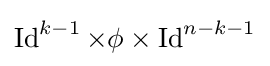
\operatorname {Id} ^{k-1}\times \phi \times \operatorname {Id} ^{n-k-1}